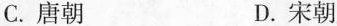
C.唐朝 D.宋朝